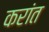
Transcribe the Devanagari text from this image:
करांत